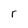
Character: r